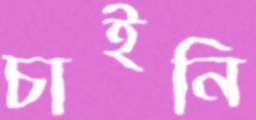
চাইনি